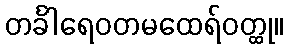
တင်္ခါရေဝတမထေရ်ဝတ္ထု။